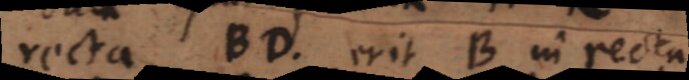
recta BD, erit B in recta